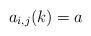
LaTeX: \begin{align*}a_{i,j}(k) = a\end{align*}